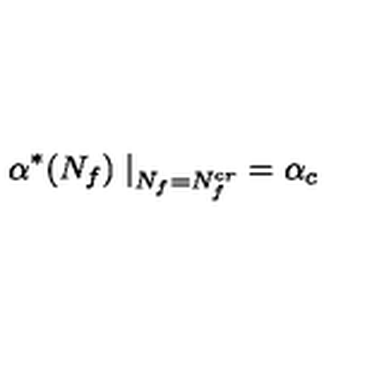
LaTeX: \alpha ^ { * } ( N _ { f } ) \left. \right| _ { N _ { f } = N _ { f } ^ { c r } } = \alpha _ { c }